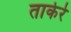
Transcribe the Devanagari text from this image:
ताकेरे